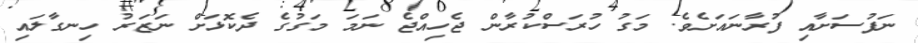
ނަފުސަށާއި ފުރާނައަށެވެ. މަގު ހުރަސްކުރާން ޖެހިއްޖެ ނަމަ މަގުގެ ދެކޮޅަށް ނަޒަރު ހިނގާލައި